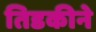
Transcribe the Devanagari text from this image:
तिडकीने